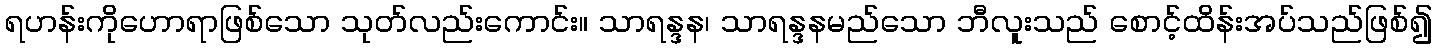
ရဟန်းကိုဟောရာဖြစ်သော သုတ်လည်းကောင်း။ သာရန္ဒန၊ သာရန္ဒနမည်သော ဘီလူးသည် စောင့်ထိန်းအပ်သည်ဖြစ်၍